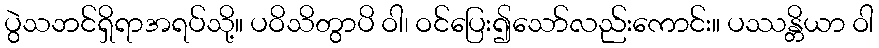
ပွဲသဘင်ရှိရာအရပ်သို့။ ပဝိသိတွာပိ ဝါ၊ ဝင်ပြေး၍သော်လည်းကောင်း။ ပဿန္တိယာ ဝါ